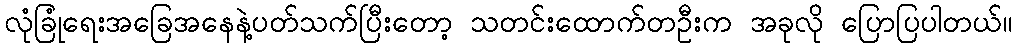
လုံခြုံရေးအခြေအနေနဲ့ပတ်သက်ပြီးတော့ သတင်းထောက်တဦးက အခုလို ပြောပြပါတယ်။